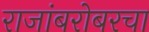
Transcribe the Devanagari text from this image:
राजांबरोबरचा